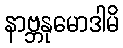
နာဗ္ဘနုမောဒါမိ